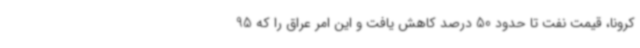
کرونا، قیمت نفت تا حدود 50 درصد کاهش یافت و این امر عراق را که 95